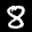
Label: 8